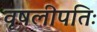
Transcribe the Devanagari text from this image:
वृषलीपतिः